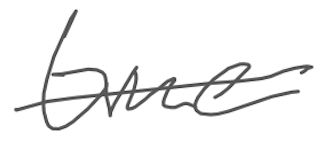
Text: time
Cross-out: single-line
Writing tool: digital_gray